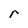
Character: r